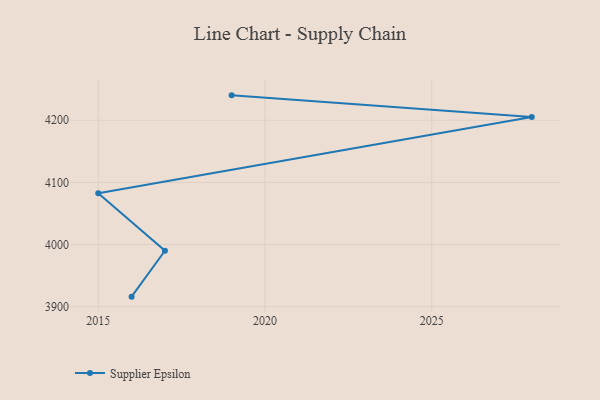
{"axis": {"x": "Year", "y": "Market Share (%)"}, "legend": ["Supplier Epsilon"], "data": [{"x": "2016", "y": 3916.2, "type": "Supplier Epsilon"}, {"x": "2017", "y": 3990.0, "type": "Supplier Epsilon"}, {"x": "2015", "y": 4082.7, "type": "Supplier Epsilon"}, {"x": "2028", "y": 4205.3, "type": "Supplier Epsilon"}, {"x": "2019", "y": 4240.1, "type": "Supplier Epsilon"}]}